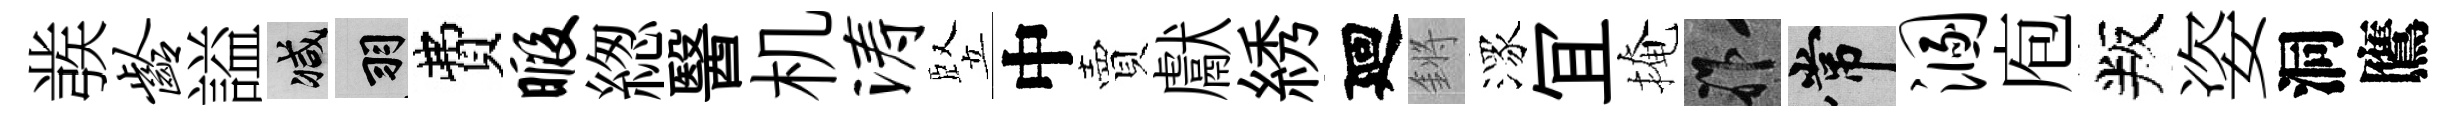
彂龄謚减羽費暇緫醫机涛竪中賣獻綉廻鏘潈冝掩祚常溷庖叛姿洞鷹